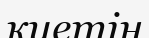
киетін